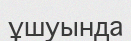
ұшуында